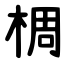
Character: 椆